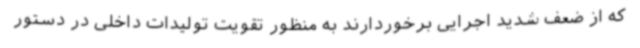
که از ضعف شدید اجرایی برخوردارند به منظور تقویت تولیدات داخلی در دستور